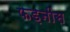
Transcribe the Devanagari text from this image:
फड़नीस